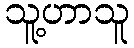
သူ့ဟာသူ